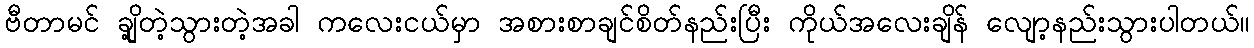
ဗီတာမင် ချို့တဲ့သွားတဲ့အခါ ကလေးငယ်မှာ အစားစာချင်စိတ်နည်းပြီး ကိုယ်အလေးချိန် လျော့နည်းသွားပါတယ်။